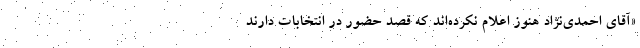
«آقای احمدی‌نژاد هنوز اعلام نکرده‌اند که قصد حضور در انتخابات دارند